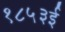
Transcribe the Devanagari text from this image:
१८५३ई